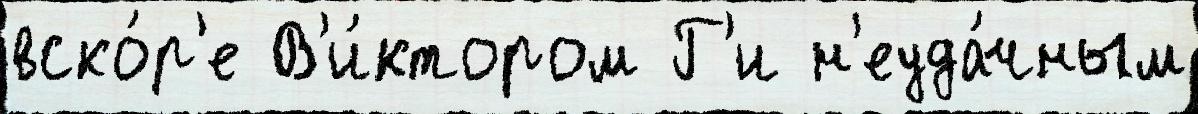
вско́р'е В'и́ктором Г'и н'еуда́чным